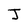
Character: J